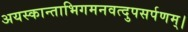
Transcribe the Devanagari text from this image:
अयस्कान्ताभिगमनवत्दुपसर्पणम्।